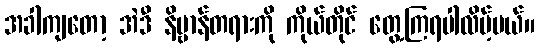
အခါကျတော့ အဲဒီ နိဗ္ဗာန်တရားကို ကိုယ်တိုင် တွေ့ကြရပါလိမ့်မယ်။